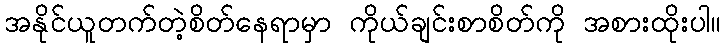
အနိုင်ယူတက်တဲ့စိတ်နေရာမှာ ကိုယ်ချင်းစာစိတ်ကို အစားထိုးပါ။